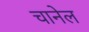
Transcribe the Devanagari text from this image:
चानेल